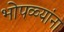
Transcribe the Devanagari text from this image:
भोपळ्यांना